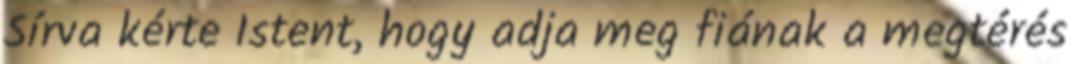
Sírva kérte Istent, hogy adja meg fiának a megtérés